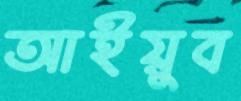
আইয়ুব